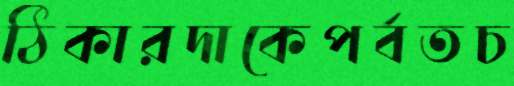
ঠিকারদাকেপর্বতচ